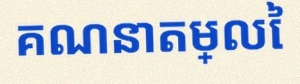
គណនាតម្លៃ